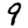
Digit: 9